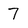
Character: 7